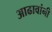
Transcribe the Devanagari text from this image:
आढावांनी